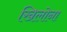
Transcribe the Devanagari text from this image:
खिलोना